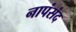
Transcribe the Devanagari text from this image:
नापंसंद